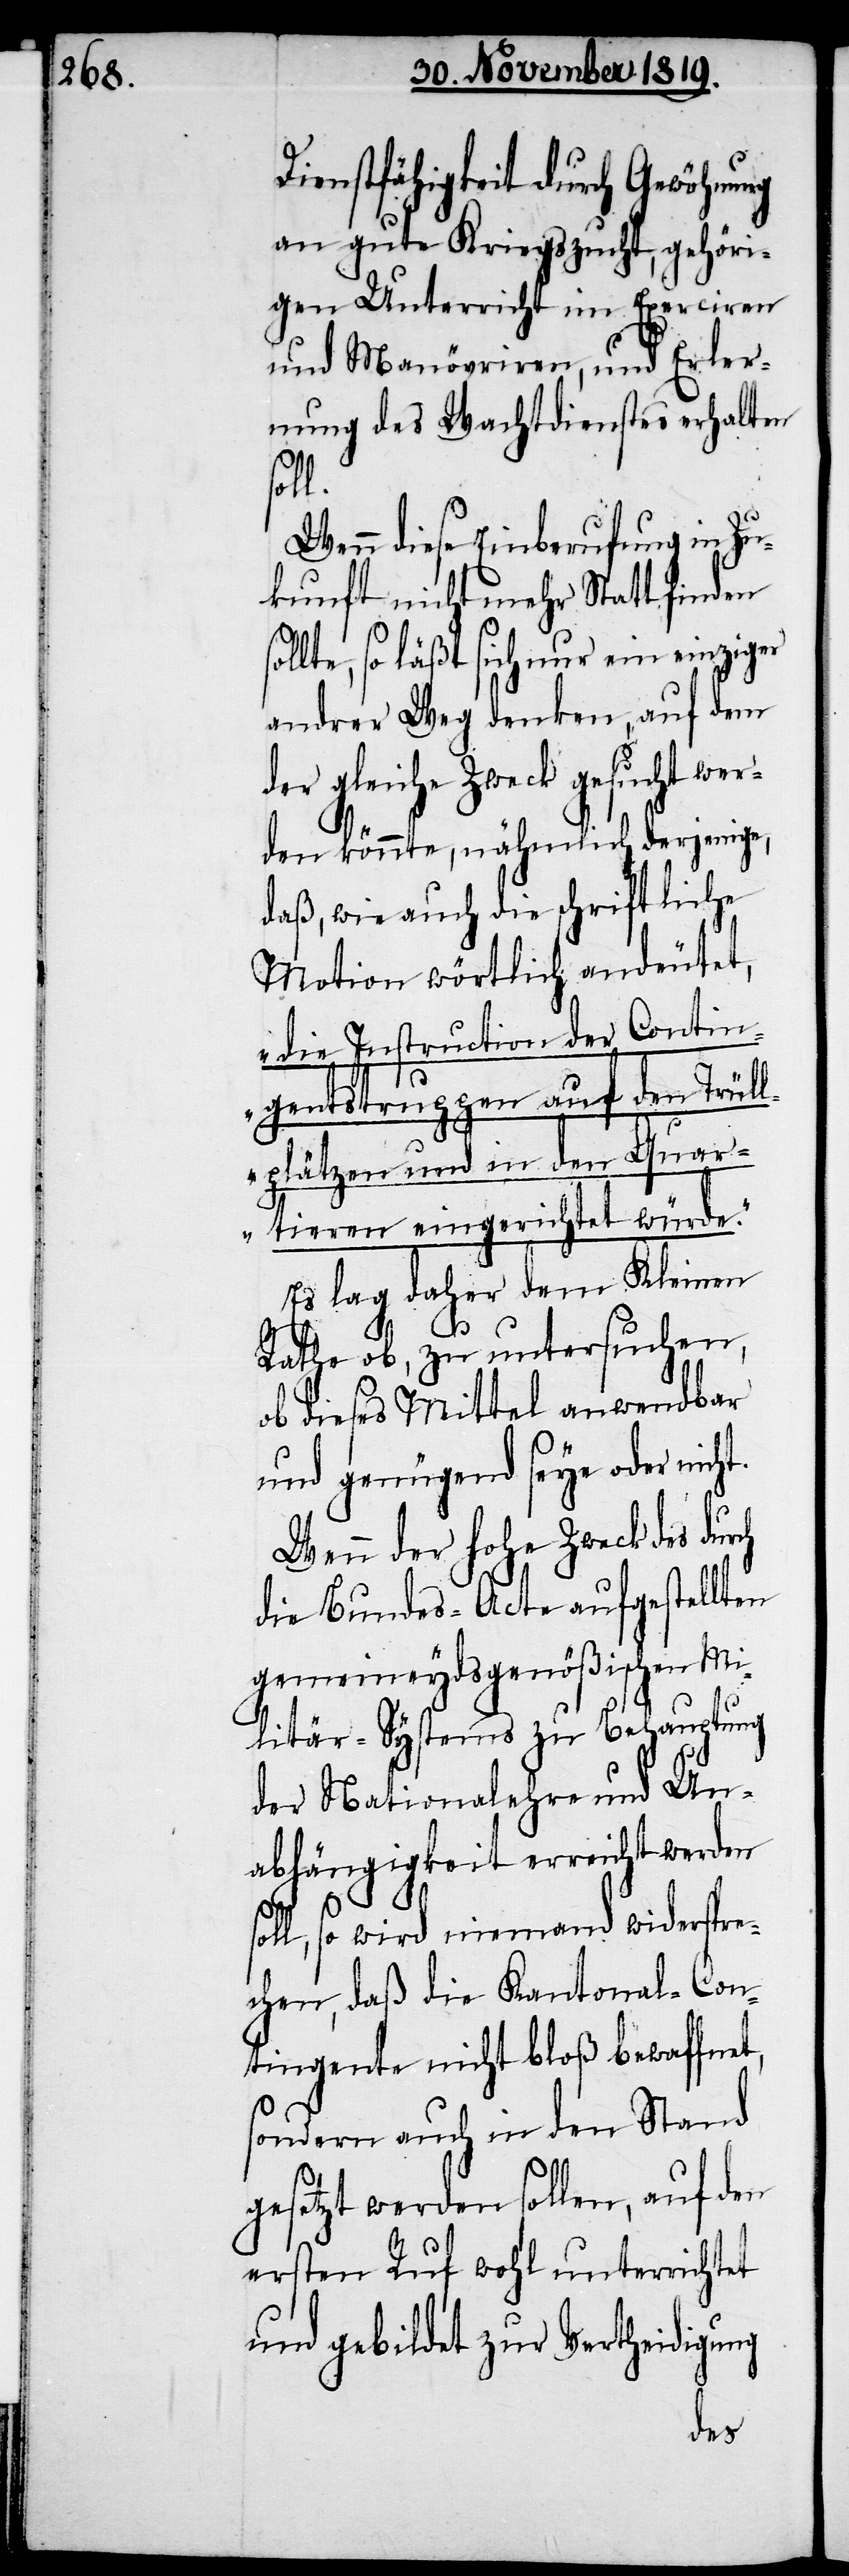
Dienstfähigkeit durch Gewöhnung
an gute Kriegszucht, gehöri¬
gen Unterricht im Exerciren
und Manövriren, und Erler¬
nung des Wachtdienstes erhalten
rch
Wenn diese Einberufung in Zu¬
kunft nicht mehr Statt finden
lte, so läßt sich nur ein einziger
andrer Weg denken, auf dem
der gleiche Zweck gesucht wer¬
den könnte, nähmlich derjenige,
daß, wie auch die schriftliche
Motion wörtlich andeutet,
„die Instruction der Contin¬
gentstruppen auf den Trüll¬
plätzen und in den Quar¬
tieren eingerichtet würde.“
Es lag daher dem Kleinen
Rathe ob, zu untersuchen,
ob dieses Mittel anwendbar
und genügend seye oder nicht.
Wenn der hohe Zweck des du¬
die Bundes-Acte aufgestellten
gemeineydsgenößischen Mi¬
litär-Systems zu Behauptung
der Nationalehre und Un¬
abhängigkeit erreicht werden
soll, so wird niemand widerspre¬
chen, daß die Kantonal-Con¬
tingente nicht bloß bewaffnet,
sondern auch in den Stand
gesetzt werden sollen, auf den
ersten Ruf wohl unterrichtet
und gebildet zur Vertheidigung